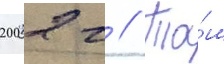
2002 г // Та́м